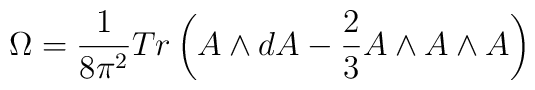
\Omega =\frac 1{8\pi ^2}Tr\left( A\wedge dA-\frac 23A\wedge A\wedge A\right)